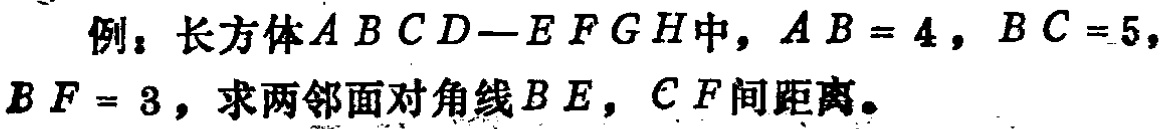
例：长方体\(ABCD - EFGH\)中，\(AB = 4\)，\(BC = 5\)，\(BF = 3\)，求两邻面对角线\(BE\)，\(CF\)间距离。